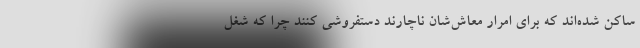
ساکن شده‌اند که برای امرار معاش‌شان ناچارند دستفروشی کنند چرا که شغل